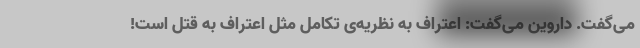
می‌گفت. داروین می‌گفت: اعتراف به نظریه‌ی تکامل مثل اعتراف به قتل است!